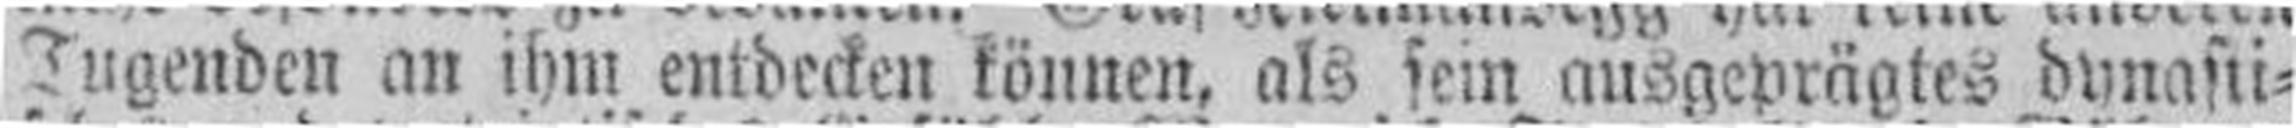
Tugenden an ihm entdecken können, als sein ausgeprägtes dynasti¬